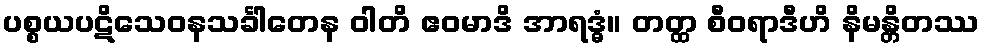
ပစ္စယပဋိသေဝနသင်္ခါတေန ဝါတိ ဧဝမာဒိ အာရဒ္ဓံ။ တတ္ထ စီဝရာဒီဟိ နိမန္တိတဿ